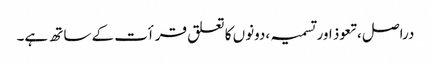
دراصل ،تعوذ اور تسمیہ ،دونوں کا تعلق قرأت کے ساتھ ہے۔